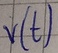
Text: v(t)